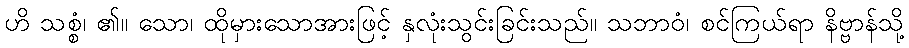
ဟိ သစ္စံ၊ ၏။ သော၊ ထိုမှားသောအားဖြင့် နှလုံးသွင်းခြင်းသည်။ သဘာဝံ၊ စင်ကြယ်ရာ နိဗ္ဗာန်သို့